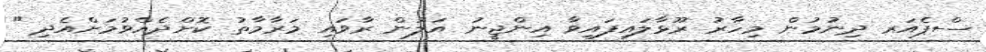
ސްޕެއަރ ދިނުމުން މިހާރު ރޫޅާލައިފައިވާ އިންޖީނު އަލުން ރާވައި މަރާމާތު ކޮށްދެއްވުމަށްއެދި "